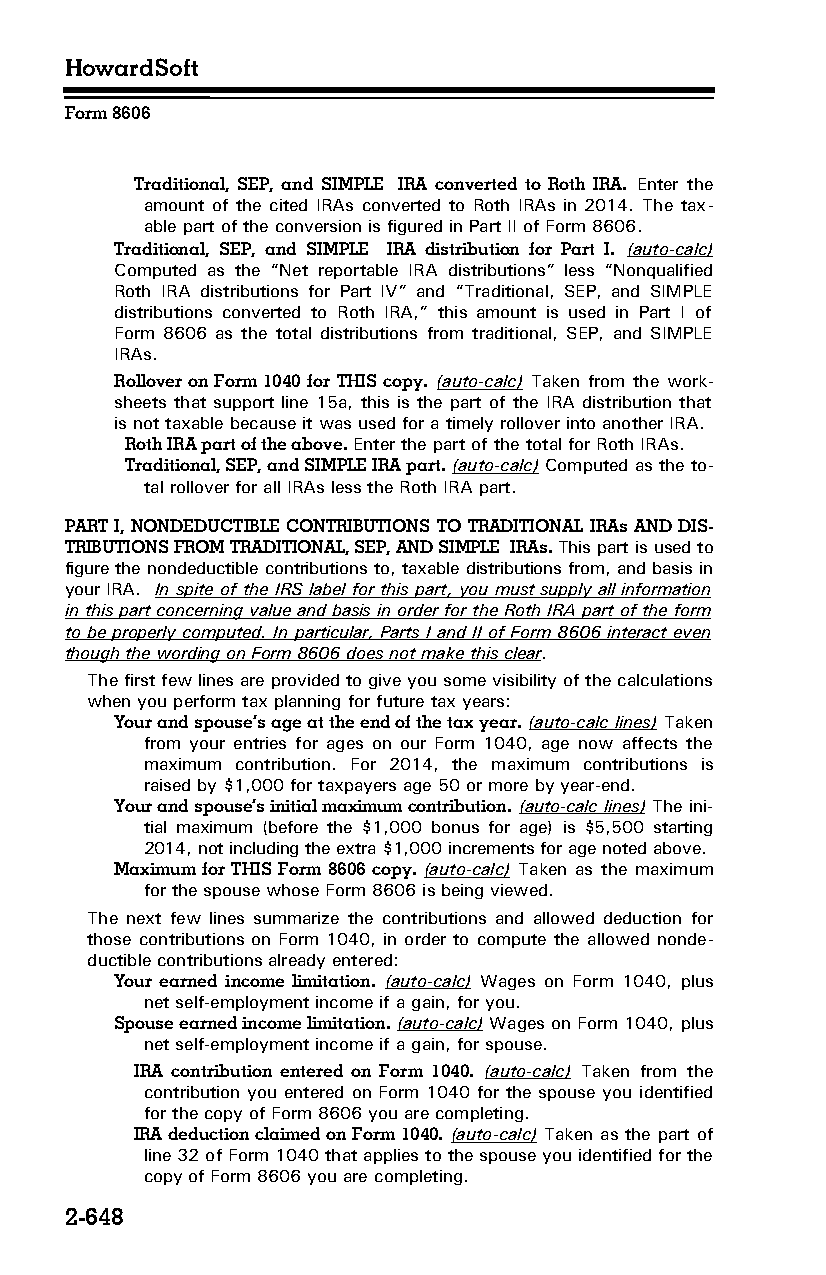
HowardSoft
 Form 8606
 Traditional, SEP, and SIMPLE IRA converted to Roth IRA. Enter the
 amount of the cited IRAs converted to Roth IRAs in 2014. The tax­
 able part of the conversion is figured in Part II of Form 8606.
 Traditional, SEP, and SIMPLE IRA distribution for Part I. (auto-calc)
 Computed as the “Net reportable IRA distributions” less “Nonqualified
 Roth IRA distributions for Part IV” and “Traditional, SEP, and SIMPLE
 distributions converted to Roth IRA,” this amount is used in Part I of
 Form 8606 as the total distributions from traditional, SEP, and SIMPLE
 IRAs.
 Rollover on Form 1040 for THIS copy. (auto-calc) Taken from the work­
 sheets that support line 15a, this is the part of the IRA distribution that
 is not taxable because it was used for a timely rollover into another IRA.
 Roth IRA part of the above. Enter the part of the total for Roth IRAs.
 Traditional, SEP, and SIMPLE IRA part. (auto-calc) Computed as the to­
 tal rollover for all IRAs less the Roth IRA part.
 PART I, NONDEDUCTIBLE CONTRIBUTIONS TO TRADITIONAL IRAs AND DIS­
 TRIBUTIONS FROM TRADITIONAL, SEP, AND SIMPLE IRAs. This part is used to
 figure the nondeductible contributions to, taxable distributions from, and basis in
 your IRA. In spite of the IRS label for this part, you must supply all information
 in this part concerning value and basis in order for the Roth IRA part of the form
 to be properly computed. In particular, Parts I and II of Form 8606 interact even
 though the wording on Form 8606 does not make this clear.
 The first few lines are provided to give you some visibility of the calculations
 when you perform tax planning for future tax years:
 Your and spouse’s age at the end of the tax year. (auto-calc lines) Taken
 from your entries for ages on our Form 1040, age now affects the
 maximum contribution. For 2014, the maximum contributions is
 raised by $1,000 for taxpayers age 50 or more by year-end.
 Your and spouse’s initial maximum contribution. (auto-calc lines) The ini­
 tial maximum (before the $1,000 bonus for age) is $5,500 starting
 2014, not including the extra $1,000 increments for age noted above.
 Maximum for THIS Form 8606 copy. (auto-calc) Taken as the maximum
 for the spouse whose Form 8606 is being viewed.
 The next few lines summarize the contributions and allowed deduction for
 those contributions on Form 1040, in order to compute the allowed nonde­
 ductible contributions already entered:
 Your earned income limitation. (auto-calc) Wages on Form 1040, plus
 net self-employment income if a gain, for you.
 Spouse earned income limitation. (auto-calc) Wages on Form 1040, plus
 net self-employment income if a gain, for spouse.
 IRA contribution entered on Form 1040. (auto-calc) Taken from the
 contribution you entered on Form 1040 for the spouse you identified
 for the copy of Form 8606 you are completing.
 IRA deduction claimed on Form 1040. (auto-calc) Taken as the part of
 line 32 of Form 1040 that applies to the spouse you identified for the
 copy of Form 8606 you are completing.
 2-648